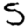
Digit: 5